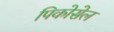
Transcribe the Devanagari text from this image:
पिकोसेल